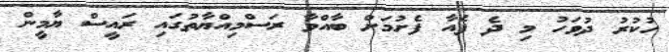
ހުކުރު ދުވަހު މި ދެ ފެއާ ފެށުމަށް ބާއްވާ ރަސްމިއްޔާތުގައި ރައީސް ޔާމީން